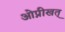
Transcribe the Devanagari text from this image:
ओप्नीखत्